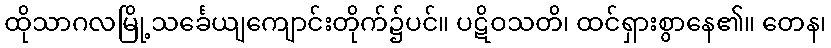
ထိုသာဂလမြို့သင်္ခေယျကျောင်းတိုက်၌ပင်။ ပဋိဝသတိ၊ ထင်ရှားစွာနေ၏။ တေန၊